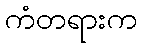
ကံတရားက